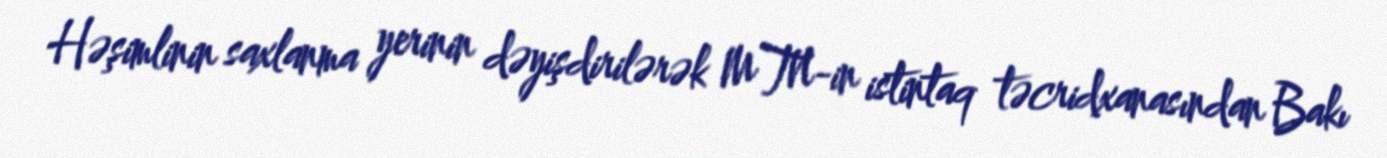
Həşimlinin saxlanma yerinin dəyişdirilərək MTN-in istintaq təcridxanasından Bakı